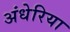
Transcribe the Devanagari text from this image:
अंधेरिया